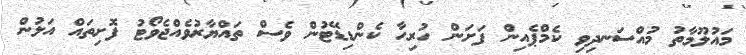
މައުލޫމާތު މުއްސަނދިވި ކެމްޕެއިން ފަށަން ހުރިހާ ކެންޑިޑޭޓުން ވެސް ތައްޔާރުވެއްޖެވޯޓު ފޮށިތައް އަލުން